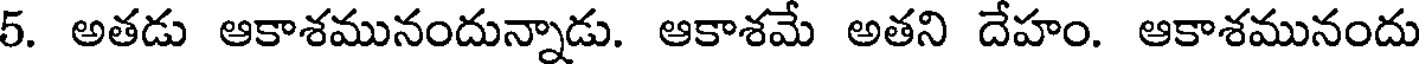
5. అతడు ఆకాశమునందున్నాడు. ఆకాశమే అతని దేహం. ఆకాశమునందు